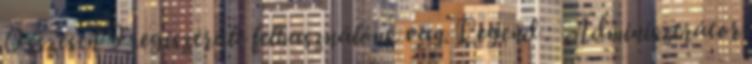
Összesen 9 regisztrált felhasználónk van. Legend : Adminisztrátor